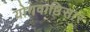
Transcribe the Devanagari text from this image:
योगवाष्ठिसार